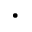
\cdot